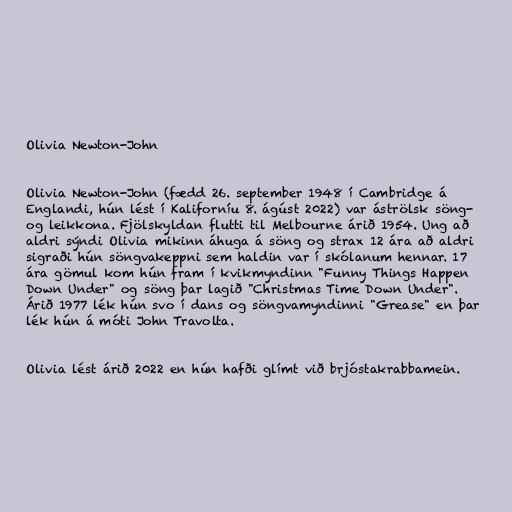
Olivia Newton-John

Olivia Newton-John (fædd 26. september 1948 í Cambridge á
Englandi, hún lést í Kaliforníu 8. ágúst 2022) var áströlsk söng-
og leikkona. Fjölskyldan flutti til Melbourne árið 1954. Ung að
aldri sýndi Olivia mikinn áhuga á söng og strax 12 ára að aldri
sigraði hún söngvakeppni sem haldin var í skólanum hennar. 17
ára gömul kom hún fram í kvikmyndinn "Funny Things Happen
Down Under" og söng þar lagið "Christmas Time Down Under".
Árið 1977 lék hún svo í dans og söngvamyndinni "Grease" en þar
lék hún á móti John Travolta.

Olivia lést árið 2022 en hún hafði glímt við brjóstakrabbamein.